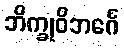
ဘိက္ခုဝိဘင်္ဂေ